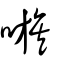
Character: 嗾